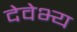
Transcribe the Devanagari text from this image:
देवेभ्य